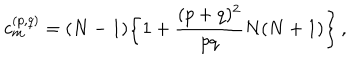
c _ { m } ^ { ( p , q ) } = ( N - 1 ) \bigg \{ 1 + { \frac { ( p + q ) ^ { 2 } } { p q } } N ( N + 1 ) \bigg \} \, ,